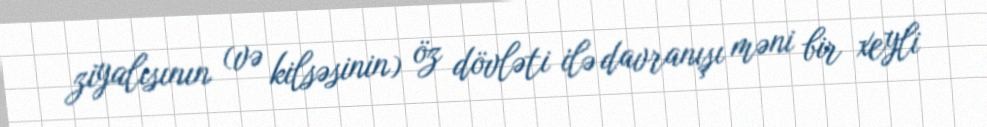
ziyalısının (və kilsəsinin) öz dövləti ilə davranışı məni bir xeyli